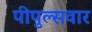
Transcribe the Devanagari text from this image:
पीपुल्सवार